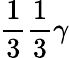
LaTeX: \frac{1}{3}\frac{1}{3}\gamma